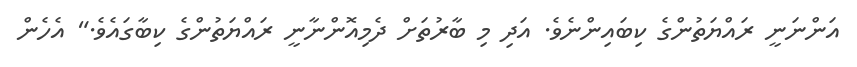
އަންނަނީ ރައްޔަތުންގެ ކިބައިންނެވެ. އަދި މި ބާރުތަށް ދެމިއޮންނާނީ ރައްޔަތުންގެ ކިބާގައެވެ." އެހެން